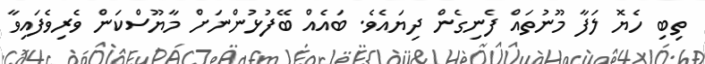
ތިބި ހެޔޮ ލަފާ މޫނުތައް ފެނިގެން ދިޔައެވެ. ބައެއް ބޭފުޅުންނަށް މާޔޫސްކަން ވެރިވެފައިވާ